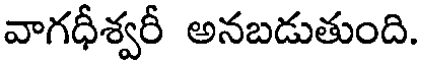
వాగధీశ్వరీ అనబడుతుంది.